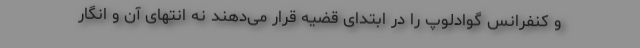
و کنفرانس گوادلوپ را در ابتدای قضیه قرار می‌دهند نه انتهای آن و انگار